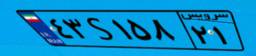
۶۹S۴۴۳۰۴